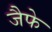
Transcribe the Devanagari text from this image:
जैफे